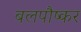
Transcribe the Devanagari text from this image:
बलपौष्कर